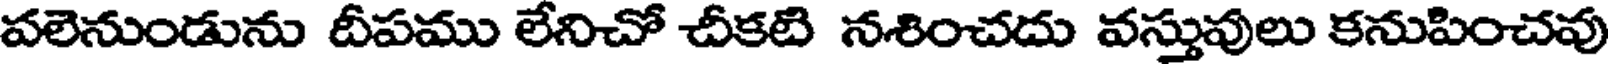
వలెనుండును దీపము లేనిచో చీకటి నశించదు వస్తువులు కనుపించవు